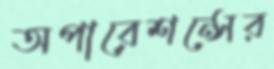
অপারেশন্সের